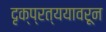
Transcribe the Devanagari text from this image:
दृक्प्रत्ययावरून